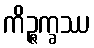
ကိဉ္ဇက္ခဿ